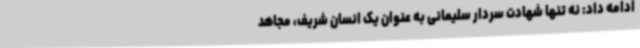
ادامه داد: نه تنها شهادت سردار سلیمانی به عنوان یک انسان شریف، مجاهد